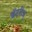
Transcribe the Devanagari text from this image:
बॅटरीज्